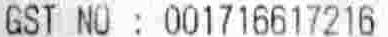
GST NO : 001716617216